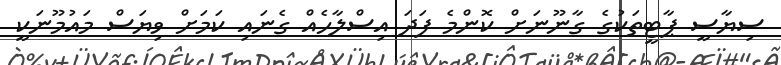
ސިޔާސީ ޕާޓީތަކުގެ ގާނޫނަށް ކޮންމެ ފަދަ އިސްލާހެއް ގެނައި ކަމަށް ވިޔަސް މައުމޫނަކީ